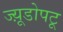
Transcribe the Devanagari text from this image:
ज्य़ूडोपटू